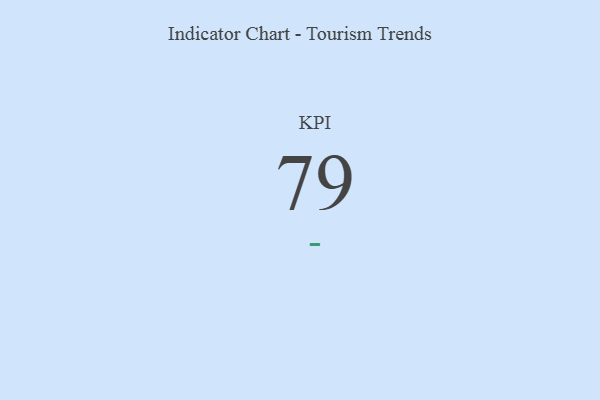
{"axis": {"x": "KPI", "y": "Value"}, "legend": [""], "data": [{"x": "KPI", "y": 79, "type": ""}]}